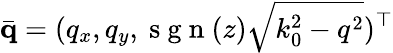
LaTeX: \bar{\mathbf{q}}=(q_{x},q_{y},\mathrm{~s~g~n~}(z)\sqrt{k_{0}^{2}-q^{2}})^{\top}